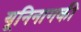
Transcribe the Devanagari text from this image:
यूनिनागकी